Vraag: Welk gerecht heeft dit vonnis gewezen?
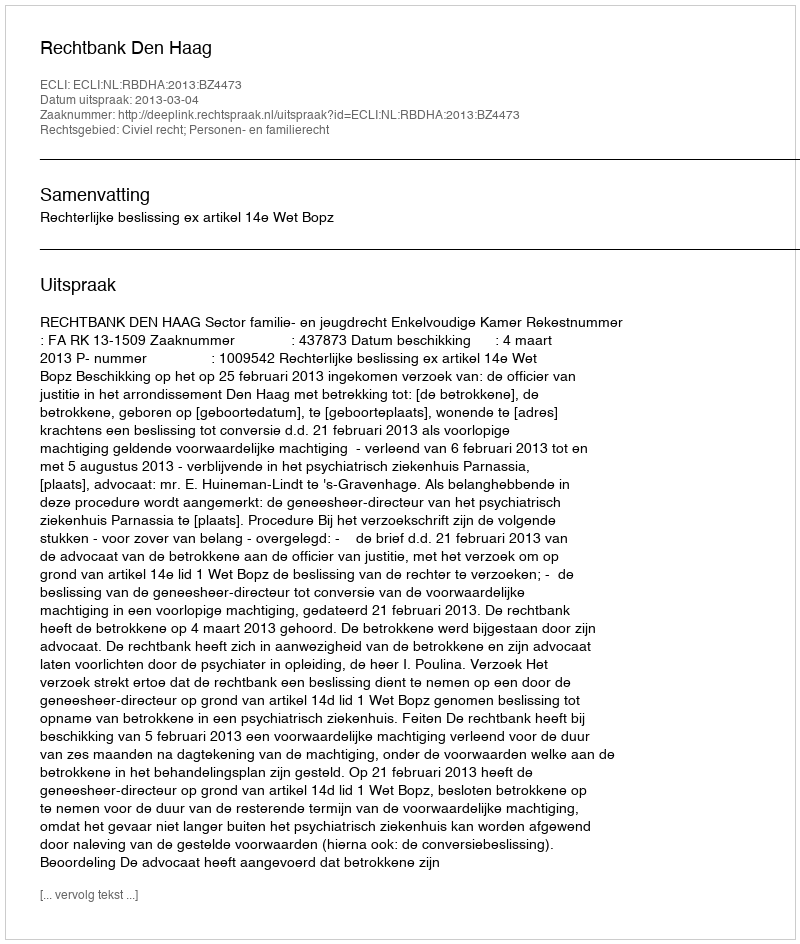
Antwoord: Rechtbank Den Haag